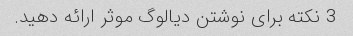
3 نکته برای نوشتن دیالوگ موثر ارائه دهید.